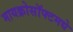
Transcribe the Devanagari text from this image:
मायक्रोसॉफ्टमधे